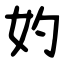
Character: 妁